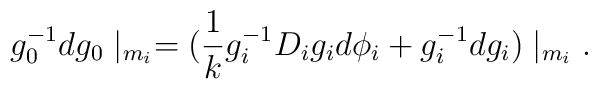
g_{0}^{-1}dg_{0}\mid_{m_{i}}=(\frac{1}{k}g_{i}^{-1}D_{i}g_{i}d\phi_{i} +g_{i}^{-1}dg_{i})\mid_{m_{i}}.